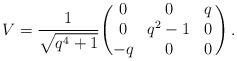
\begin{align*} V = \frac{1}{\sqrt{q^4+1}} \Biggl( \begin{matrix} 0 & 0 & q \\ 0 & q^2 -1 & 0 \\ -q & 0 & 0 \end{matrix} \, \Biggr) \,.\end{align*}